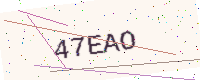
Text: 47EAO